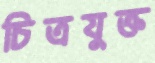
চিত্রযুক্ত